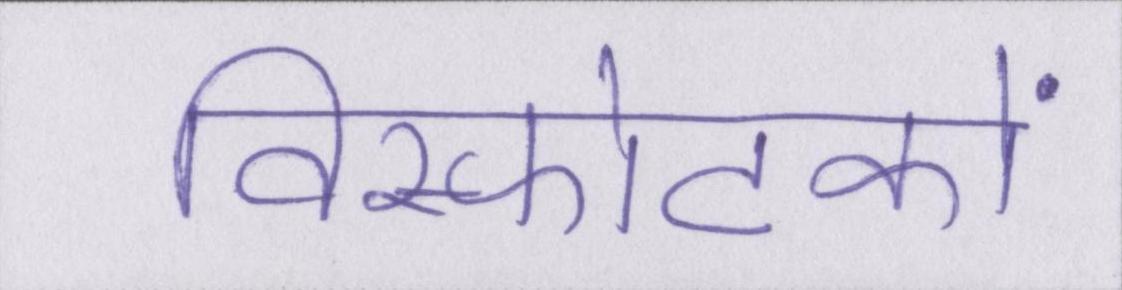
विस्फोटकों